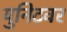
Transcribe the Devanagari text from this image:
युनिटवर